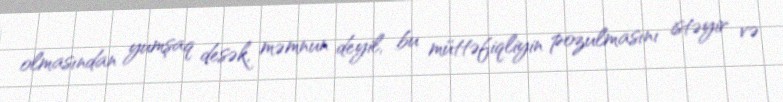
olmasından yumşaq desək, məmnun deyil, bu müttəfiqliyin pozulmasını istəyir və